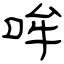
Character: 哞